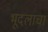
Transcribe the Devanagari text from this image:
भूदलाचा